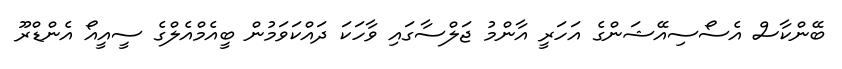
ބޭންކާސް އެސޯސިއޭޝަންގެ އަހަރީ އާންމު ޖަލްސާގައި ވާހަކަ ދައްކަވަމުން ބީއެމްއެލްގެ ސީއީއޯ އެންޑްރޫ